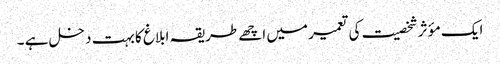
ایک مؤثر شخصیت کی تعمیر میں اچھے طریقہ ابلاغ کا بہت دخل ہے ۔